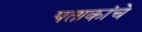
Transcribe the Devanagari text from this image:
पताकांचे